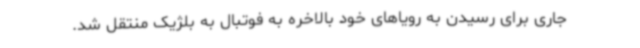
جاری برای رسیدن به رویاهای خود بالاخره به فوتبال به بلژیک منتقل شد.